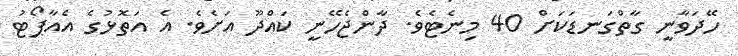
ހޭދަވާނީ ގާތްގަނޑަކަށް 40 މިނެޓެވެ. ދާންޖެހޭނީ ކައްދޫ އަށެވެ. އެ އަތޮޅުގެ އެއާޕޯޓު